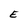
Character: E